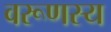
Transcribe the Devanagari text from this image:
वरूणस्य